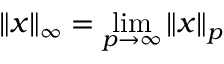
\left\| x \right\| _ { \infty } = \operatorname* { l i m } _ { p \to \infty } \left\| x \right\| _ { p }